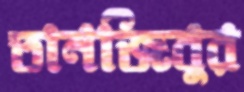
তানজিবুর